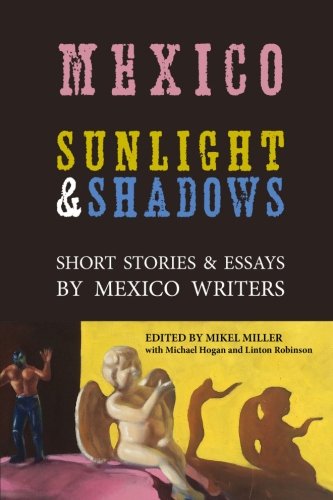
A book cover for Mexico: Sunlight & Shadows: Short Stories & Essays by Mexico Writers; Michael Hogan; Travel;